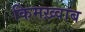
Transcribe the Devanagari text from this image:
किमख़्वाब